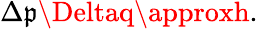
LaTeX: \Delta\mathfrak{p}\Deltaq\approxh.